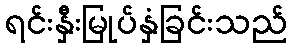
ရင်းနှီးမြုပ်နှံခြင်းသည်